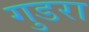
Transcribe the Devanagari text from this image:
गुडरा